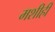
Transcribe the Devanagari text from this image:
मशीही